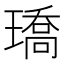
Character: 𤩝